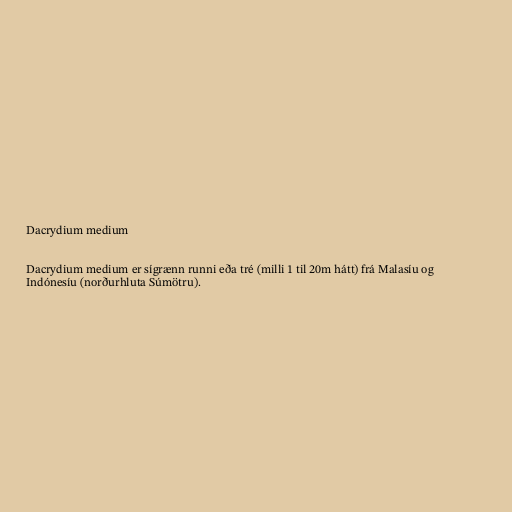
Dacrydium medium

Dacrydium medium er sígrænn runni eða tré (milli 1 til 20m hátt) frá Malasíu og
Indónesíu (norðurhluta Súmötru).